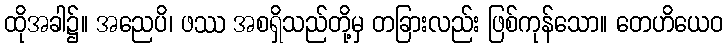
ထိုအခါ၌။ အညေပိ၊ ဖဿ အစရှိသည်တို့မှ တခြားလည်း ဖြစ်ကုန်သော။ တေဟိယေဝ